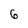
Character: 6